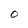
Character: O